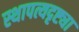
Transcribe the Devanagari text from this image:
स्थापत्यदृष्ट्या